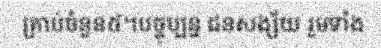
គ្រាប់ចំនួន៥។បច្ចុប្បន្ន ជនសង្ស័យ រួមទាំង